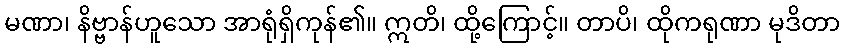
မဏာ၊ နိဗ္ဗာန်ဟူသော အာရုံရှိကုန်၏။ ဣတိ၊ ထို့ကြောင့်။ တာပိ၊ ထိုကရုဏာ မုဒိတာ